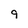
Character: 9